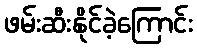
ဖမ်းဆီးနိုင်ခဲ့ကြောင်း